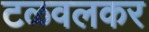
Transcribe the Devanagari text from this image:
टळवलकर